Annual administration report of the Civil Veterinary Department of India - 1905-1906
Year: 1905
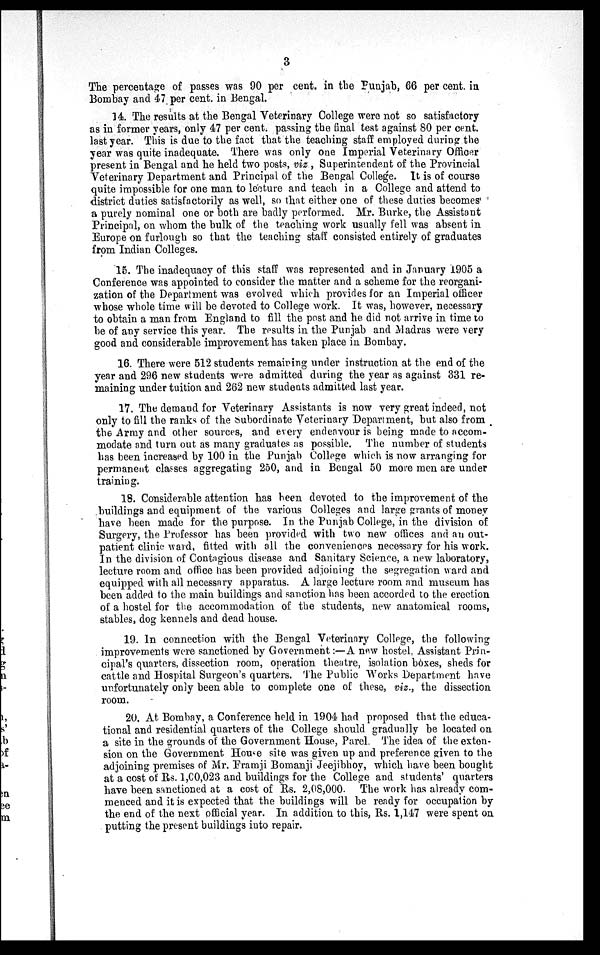
3
The percentage of passes was 90 per cent. in the Punjab, 66 per cent. in
Bombay and 47 per cent. in Bengal.
14. The results at the Bengal Veterinary College were not so satisfactory
as in former years, only 47 per cent. passing the final test against 80 per cent.
last year. This is due to the fact that the teaching staff employed during the
year was quite inadequate. There was only one Imperial Veterinary Officer
present in Bengal and he held two posts, viz , Superintendent of the Provincial
Veterinary Department and Principal of the Bengal College. It is of course
quite impossible for one man to lecture and teach in a College and attend to
district duties satisfactorily as well, so that either one of these duties becomes'
a purely nominal one or both are badly performed. Mr. Burke, the Assistant
Principal, on whom the bulk of the teaching work usually fell was absent in
Europe on furlough so that the teaching staff consisted entirely of graduates
from Indian Colleges.
15. The inadequacy of this staff was represented and in January 1905 a
Conference was appointed to consider the matter and a scheme for the reorgani-
zation of the Department was evolved which provides for an Imperial officer
whose whole time will be devoted to College work. It was, however, necessary
to obtain a man from England to fill the post and he did not arrive in time to
be of any service this year. The results in the Punjab and Madras were very
good and considerable improvement has taken place in Bombay.
16. There were 512 students remaining under instruction at the end of the
year and 296 new students were admitted during the year as against 331 re-
maining under tuition and 262 new students admitted last year.
17. The demand for Veterinary Assistants is now very great indeed, not
only to fill the ranks of the Subordinate Veterinary Department, but also from
the Army and other sources, and every endeavour is being made to accom-
modate and turn out as many graduates as possible. The number of students
has been increased by 100 in the Punjab College which is now arranging for
permanent classes aggregating 250, and in Bengal 50 more men are under
training.
18. Considerable attention has been devoted to the improvement of the
buildings and equipment of the various Colleges and large grants of money
have been made for the purpose. In the Punjab College, in the division of
Surgery, the Professor has been provided with two new offices and an out-
patient clinic ward, fitted with all the conveniences necessary for his work.
In the division of Contagious disease and Sanitary Science, a new laboratory,
lecture room and office has been provided adjoining the segregation ward and
equipped with all necessary apparatus. A large lecture room and museum has
been added to the main buildings and sanction has been accorded to the erection
of a hostel for the accommodation of the students, new anatomical rooms,
stables, dog kennels and dead house.
19. In connection with the Bengal Veterinary College, the following
improvements were sanctioned by Government :—A new hostel, Assistant Prin-
cipal's quarters, dissection room, operation theatre, isolation boxes, sheds for
cattle and Hospital Surgeon's quarters. The Public Works Department have
unfortunately only been able to complete one of these, viz., the dissection
room.
20. At Bombay, a Conference held in 1904 had proposed that the educa-
tional and residential quarters of the College should gradually be located on
a site in the grounds of the Government House, Parel. The idea of the exten-
sion on the Government House site was given up and preference given to the
adjoining premises of Mr. Framji Bomanji Jeejibhoy, which have been bought
at a cost of Rs. 1,00,023 and buildings for the College and students' quarters
have been sanctioned at a cost of Rs. 2,08,000. The work has already com-
menced and it is expected that the buildings will be ready for occupation by
the end of the next official year. In addition to this, Rs. 1,147 were spent on
putting the present buildings into repair.